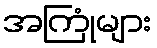
အကြုံများ